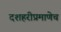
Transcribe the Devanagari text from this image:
दशहरीप्रमाणेच